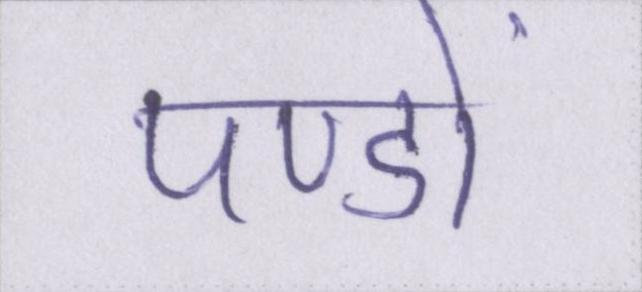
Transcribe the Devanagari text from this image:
पण्डों